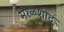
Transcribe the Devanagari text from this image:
मरळशीद